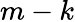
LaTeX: m-k